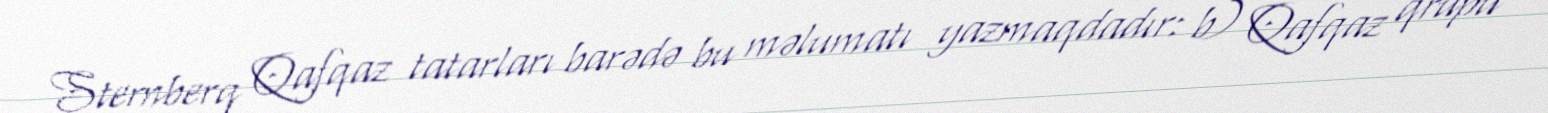
Şternberq Qafqaz tatarları barədə bu məlumatı yazmaqdadır: b) Qafqaz qrupu -